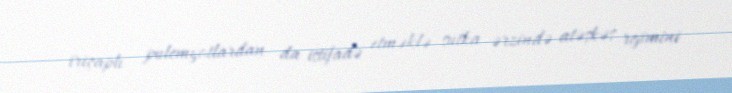
iriçaplı pulemyotlardan da istifadə etməklə sutka ərzində atəşkəs rejimini